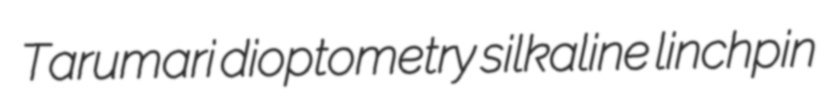
Tarumari dioptometry silkaline linchpin